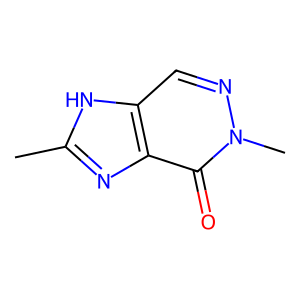
SMILES: Cc1nc2c(=O)n(C)ncc2[nH]1
Inhibits HIV replication: No